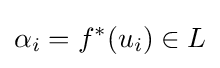
\alpha _{i}=f^{*}(u_{i})\in L